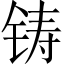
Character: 铸